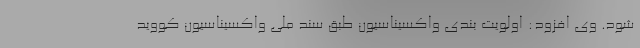
شود. وی افزود: اولویت بندی واکسیناسیون طبق سند ملی واکسیناسیون کووید